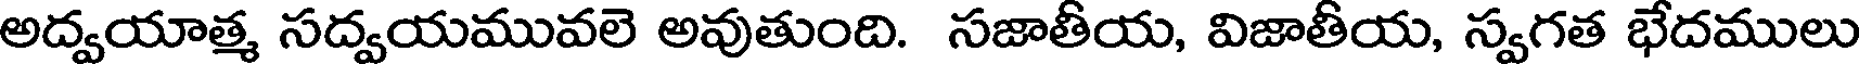
అద్వయాత్మ సద్వయమువలె అవుతుంది. సజాతీయ, విజాతీయ, స్వగత భేదములు